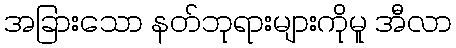
အခြားသော နတ်ဘုရားများကိုမူ အီလာ